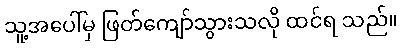
သူ့အပေါ်မှ ဖြတ်ကျော်သွားသလို ထင်ရ သည်။